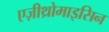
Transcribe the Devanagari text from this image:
एज़ीथ्रोमाइसिन